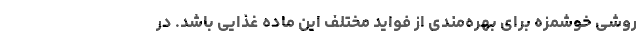
روشی خوشمزه برای بهره‌مندی از فواید مختلف این ماده غذایی باشد. در